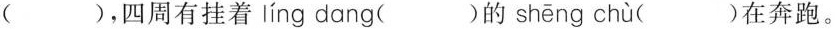
( )，四周有挂着 líng dang( )的 shēng chù ( )在奔跑。